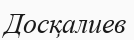
Досқалиев